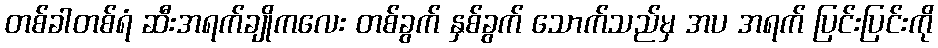
တစ်ခါတစ်ရံ ဆီးအရက်ချိုကလေး တစ်ခွက် နှစ်ခွက် သောက်သည်မှ အပ အရက် ပြင်းပြင်းကို